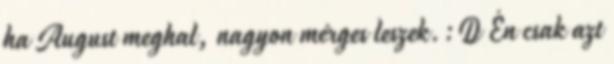
ha August meghal, nagyon mérges leszek.:D Én csak azt